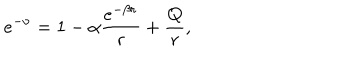
e ^ { - \nu } = 1 - \alpha \frac { e ^ { - \beta r } } { r } + \frac { Q } { r } ,